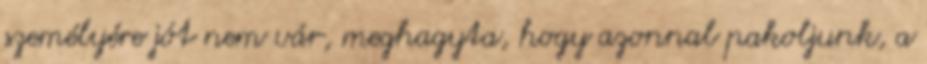
személyére jót nem vár, meghagyta, hogy azonnal pakoljunk, a